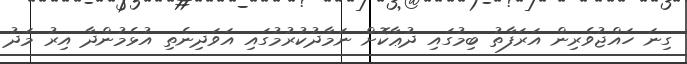
ގިނަ ހައްޖުވެރިން އަރަފާތު ބިމުގައި ދުޢާކޮށް ނަމާދުކުރުމުގައި އަވަދިނެތި އުޅެމުންދާ އިރު މަދު